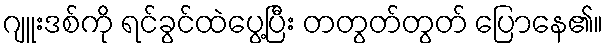
ဂျူးဒစ်ကို ရင်ခွင်ထဲပွေ့ပြီး တတွတ်တွတ် ပြောနေ၏။